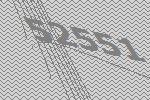
52551